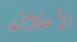
الأعلان